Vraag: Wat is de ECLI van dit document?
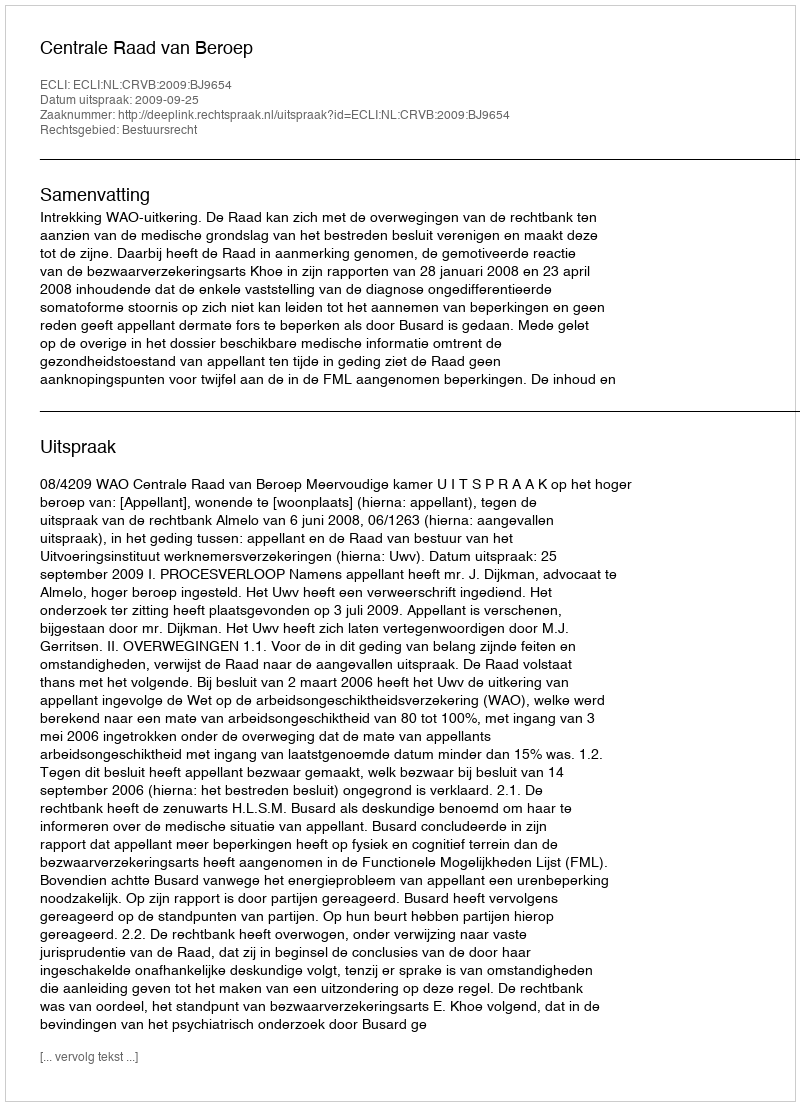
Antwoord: ECLI:NL:CRVB:2009:BJ9654